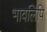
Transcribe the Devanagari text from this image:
भावलिपि